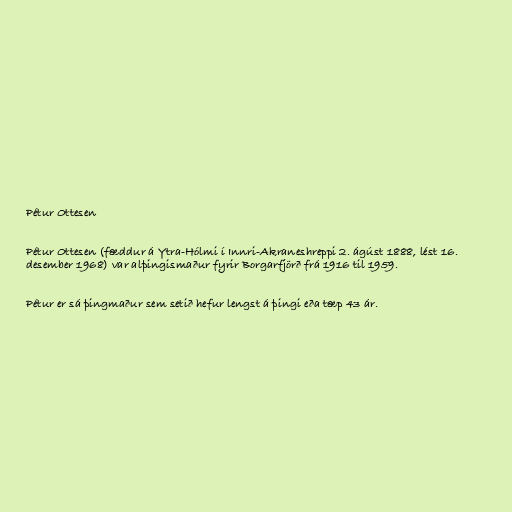
Pétur Ottesen

Pétur Ottesen (fæddur á Ytra-Hólmi í Innri-Akraneshreppi 2. ágúst 1888, lést 16.
desember 1968) var alþingismaður fyrir Borgarfjörð frá 1916 til 1959.

Pétur er sá þingmaður sem setið hefur lengst á þingi eða tæp 43 ár.